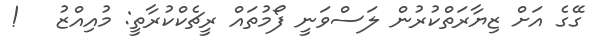
ގޭގެ އަށް ޒިޔާރަތްކުރުން ލަސްވަނީ ފޯމުތައް ރީޗެކްކުރާތީ: މުއިއްޒު   !